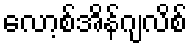
လော့စ်အိန်ဂျလိစ်